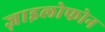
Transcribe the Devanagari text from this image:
ज़ाइलोफोन